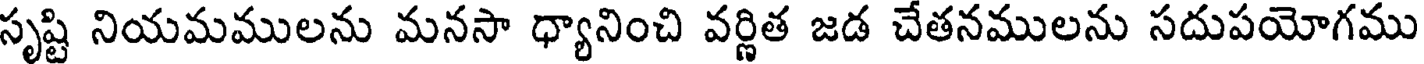
సృష్టి నియమములను మనసా ధ్యానించి వర్ణిత జడ చేతనములను సదుపయోగము